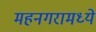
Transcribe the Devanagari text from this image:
महनगरामध्ये